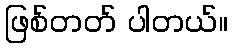
ဖြစ်တတ် ပါတယ်။